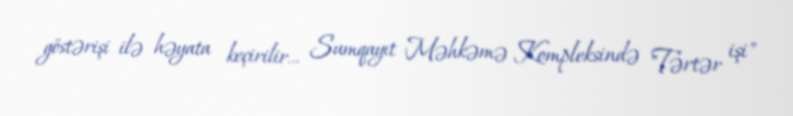
göstərişi ilə həyata keçirilir... Sumqayıt Məhkəmə Kompleksində "Tərtər işi"